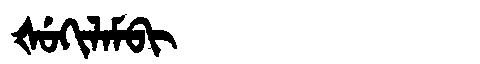
Manchu: ᡧᡠᡴᡳᠯᠠᠮᠪᡳ
Romanization: ŠUKILAMBI